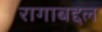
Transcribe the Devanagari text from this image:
रागाबद्दल